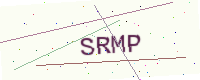
Text: SRMP